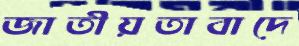
জাতীয়তাবাদে